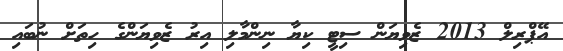
އޭޕްރިލް 2013 ޒެވިޔަން ސިޓީ ކިޔާ ނިންމާލި އިރު ޒެވިޔަންގެ ހިތަށް ނުބައި